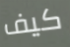
كيف